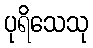
ပုရိသေသု